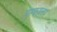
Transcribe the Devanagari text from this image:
पुस्‍कालय